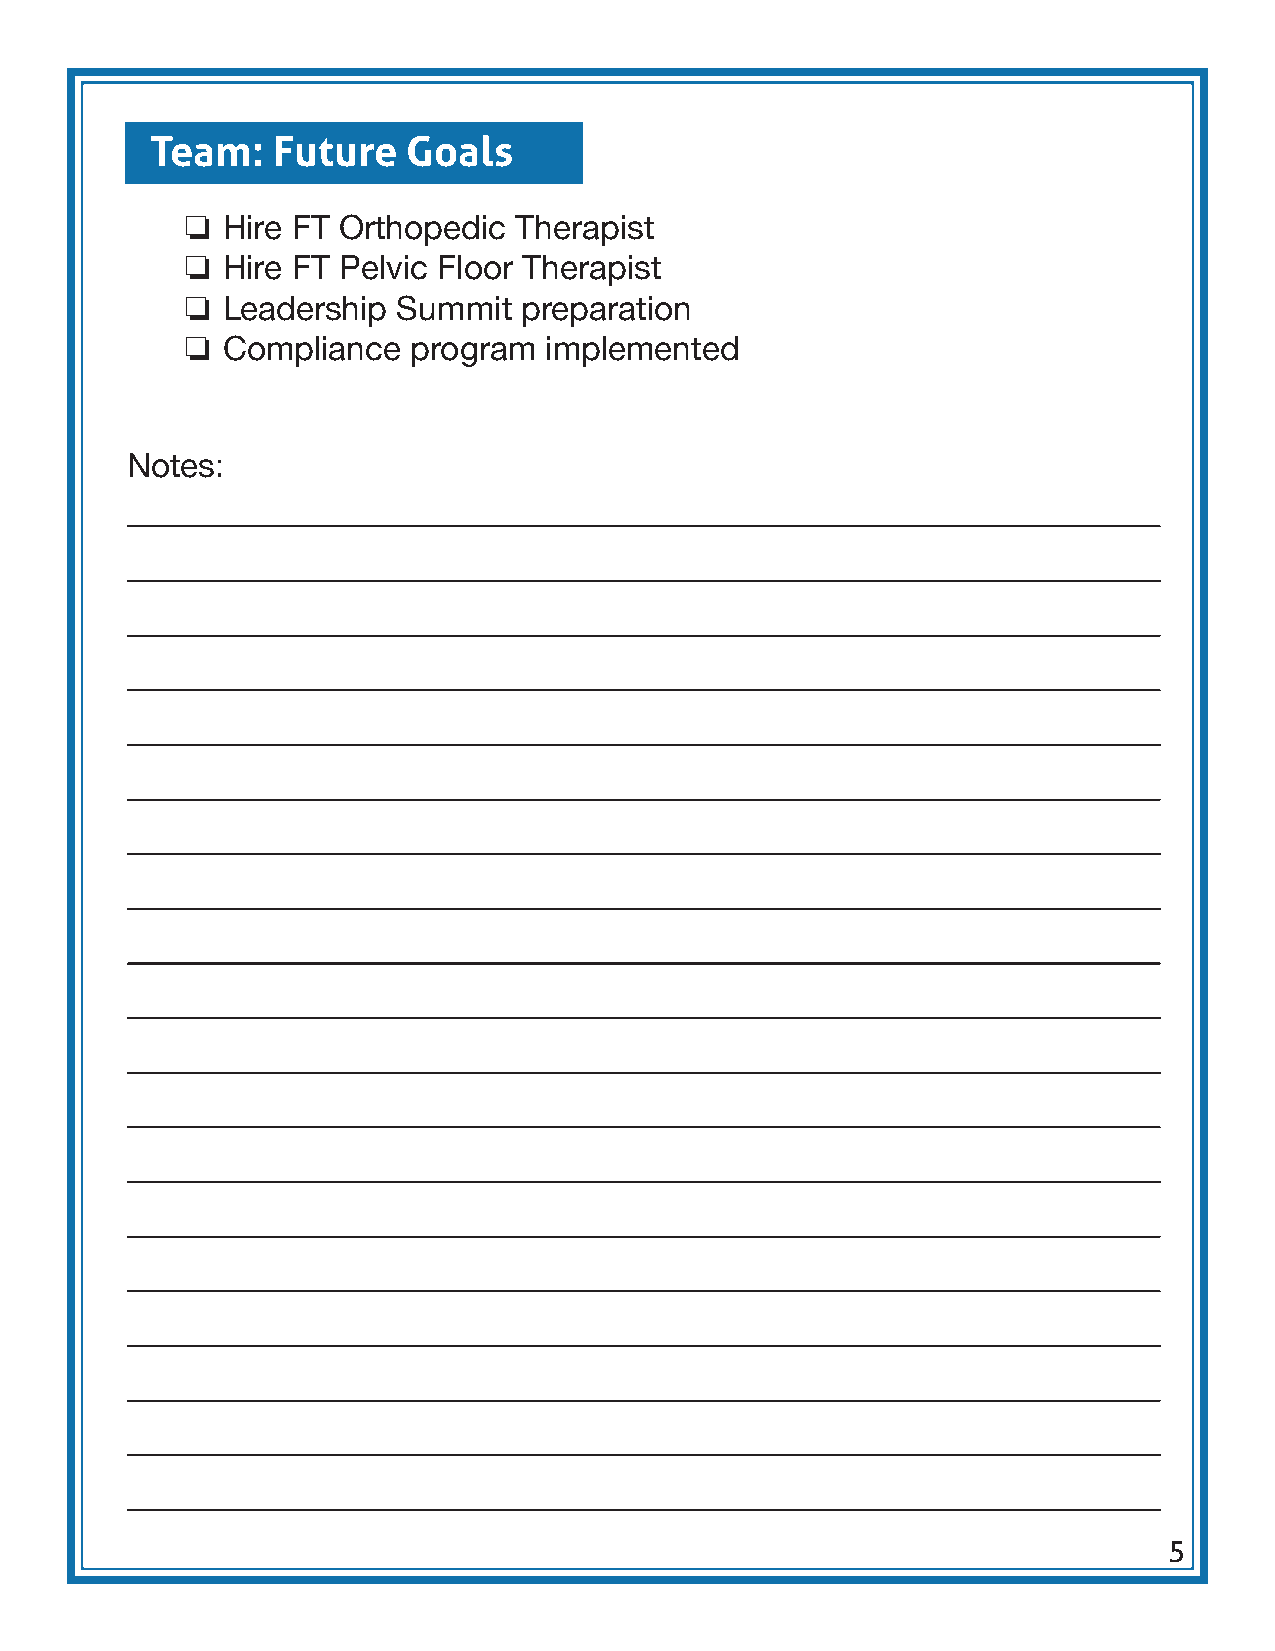
Team:   Future   Goals
 ❏
 Hire FT Orthopedic Therapist
 ❏
 Hire FT Pelvic Floor Therapist
 ❏
 Leadership Summit   preparation
 ❏
 Compliance  program  implemented
 Notes:
 5